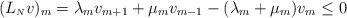
LaTeX: \begin{align*}(L_{{\scriptscriptstyle N}}v)_m =\lambda_{m} v_{m+1} + \mu_{m} v_{m-1} -( \lambda_{m} +\mu_{m})v_{m}\leq 0\end{align*}